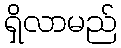
ရှိလာမည်